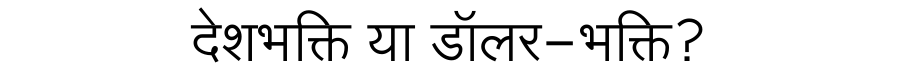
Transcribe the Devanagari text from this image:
देशभक्ति या डॉलर-भक्ति?